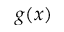
g ( x )